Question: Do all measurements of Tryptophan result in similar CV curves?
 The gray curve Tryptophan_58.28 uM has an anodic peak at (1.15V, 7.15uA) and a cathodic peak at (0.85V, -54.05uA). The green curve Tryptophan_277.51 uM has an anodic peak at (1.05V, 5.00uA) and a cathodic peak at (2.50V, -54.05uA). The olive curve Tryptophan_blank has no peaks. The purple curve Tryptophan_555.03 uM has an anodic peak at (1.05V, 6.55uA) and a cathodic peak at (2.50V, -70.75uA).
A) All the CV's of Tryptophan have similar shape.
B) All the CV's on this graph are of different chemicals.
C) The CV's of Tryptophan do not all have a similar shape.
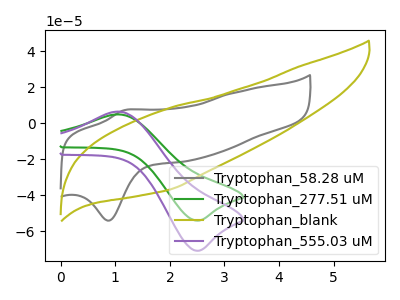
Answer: <think>"Tryptophan_58.28 uM" and "Tryptophan_277.51 uM" have at least one peak that do not match. "Tryptophan_58.28 uM" and "Tryptophan_blank" have a different number of peaks. "Tryptophan_58.28 uM" and "Tryptophan_555.03 uM" have at least one peak that do not match. "Tryptophan_277.51 uM" and "Tryptophan_blank" have a different number of peaks. All the peaks in "Tryptophan_277.51 uM" have a peak in "Tryptophan_555.03 uM" at the same potential. Every peak in "Tryptophan_277.51 uM" is lower than every peak in "Tryptophan_555.03 uM". "Tryptophan_blank" and "Tryptophan_555.03 uM" have a different number of peaks.
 </think>
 <answer>A) All the CV's of "Tryptophan" have similar shape.</answer>
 <eval>A</eval>